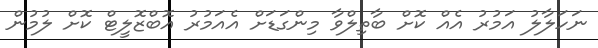
ނަހަލާލު އަމުރު އެއް ކޮށް ބާތިލްވާ މިންގަޑަށް އެއަމުރު އޮބްޒޮލީޓް ކޮށް ލުމުން